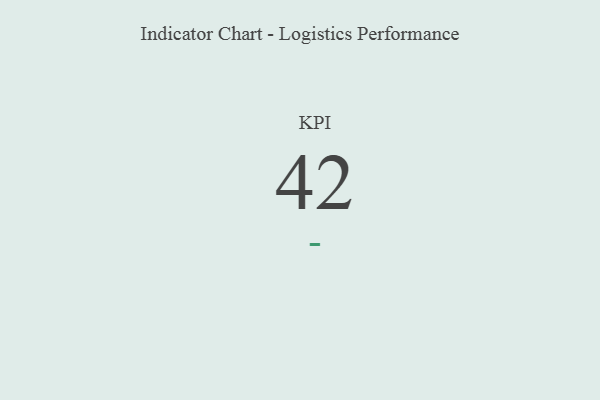
{"axis": {"x": "KPI", "y": "Value"}, "legend": [""], "data": [{"x": "KPI", "y": 42, "type": ""}]}